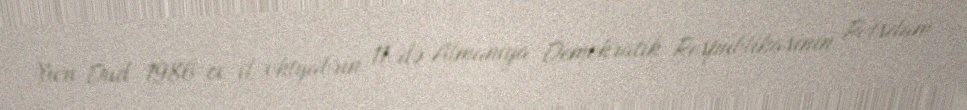
Yuri Dud 1986-cı il oktyabrın 11-də Almaniya Demokratik Respublikasının Potsdam